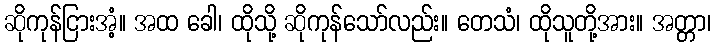
ဆိုကုန်ငြားအံ့။ အထ ခေါ၊ ထိုသို့ ဆိုကုန်သော်လည်း။ တေသံ၊ ထိုသူတို့အား။ အတ္တာ၊